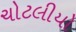
ચોટલીયો